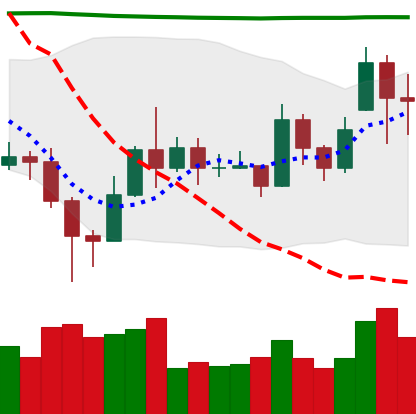
Ticker: EOS-USD
Chart end date: 2020-11-19
Forward return: 36.028%
Label: up_7plus